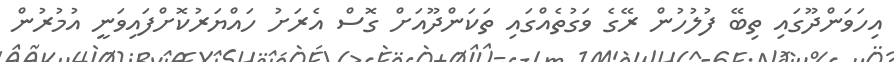
އިހަވަންދޫގައި ތިބޭ ފުލުހުން ރޭގެ ވަގުތެއްގައި ތަކަންދޫއަށް ގޮސް އެރަށު ހައްޔަރުކޮށްފައިވަނީ އުމުރުން